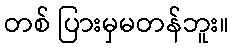
တစ် ပြားမှမတန်ဘူး။